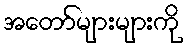
အတော်များများကို